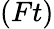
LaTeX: (Ft)